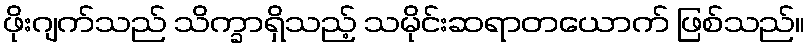
ဖိုးဂျက်သည် သိက္ခာရှိသည့် သမိုင်းဆရာတယောက် ဖြစ်သည်။